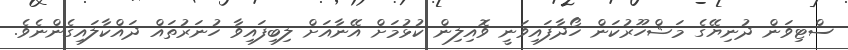
ސްޓިވަން ދުނިޔޭގެ މަޝްހޫރުކަން ހޯދާފައިވަނީ ވޮއިލިން ކުޅުމަށް އޭނާއަށް ލިބިފައިވާ ހުނަރުތައް ދައްކާލައިގެންނެވެ.